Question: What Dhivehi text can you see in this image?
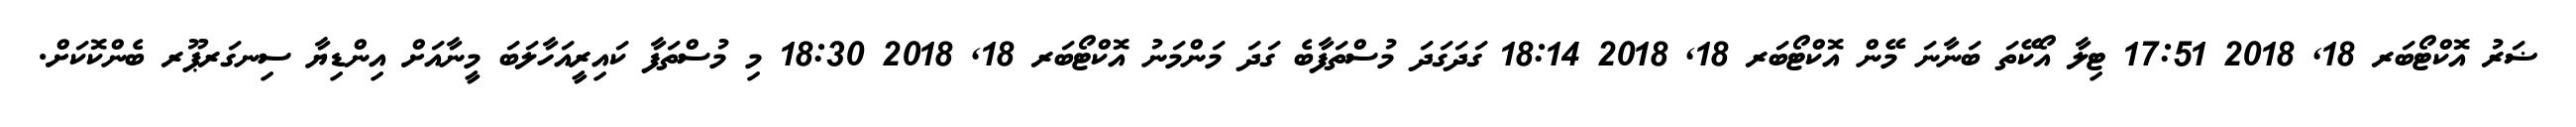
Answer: ޟަރު އޮކްޓޯބަރ 18, 2018 17:51 ޓިލާ އޯކޭތަ ބަނާނަ މޭން އޮކްޓޯބަރ 18, 2018 18:14 ގަދަގަދަ މުސްތަފާބެ ގަދަ މަންމަނު އޮކްޓޯބަރ 18, 2018 18:30 މި މުސްތަފާ ކައިރީއަހާލަބަ މީނާއަށް އިންޑިޔާ ސިނގަރޕޫރ ބެންކޮކަށް.